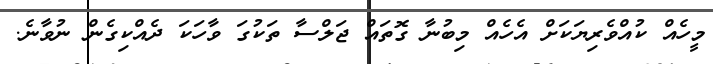
މީހެއް ކުއްވެރިޔަކަށް އެހެއް މިބުނާ ގޮތައް ޖަލްސާ ތަކުގަ ވާހަކަ ދެއްކިގެން ނުވާނެ.